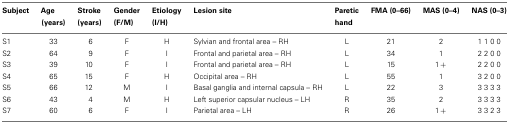
| Subject | Age (years) | Stroke (years) | Gender (F/M) | Etiology (I/H) | Lesion site | Paretic hand | FMA (0–66) | MAS (0–4) | NAS (0–3) |
 | --- | --- | --- | --- | --- | --- | --- | --- | --- | --- |
 | S1 | 33 | 6 | F | H | Sylvian and frontal area – RH | L | 21 | 2 | 1 1 0 0 |
 | S2 | 64 | 9 | F | I | Frontal and parietal area – RH | L | 34 | 1 | 2 2 0 0 |
 | S3 | 39 | 10 | F | I | Frontal and parietal area – RH | L | 15 | 1 + | 2 2 0 0 |
 | S4 | 65 | 15 | F | H | Occipital area – RH | L | 55 | 1 | 3 2 0 0 |
 | S5 | 66 | 12 | M | I | Basal ganglia and internal capsula – RH | L | 22 | 3 | 3 3 3 3 |
 | S6 | 43 | 4 | M | H | Left superior capsular nucleus – LH | R | 35 | 2 | 3 3 3 3 |
 | S7 | 60 | 6 | F | I | Parietal area – LH | R | 26 | 1 + | 3 3 2 3 |